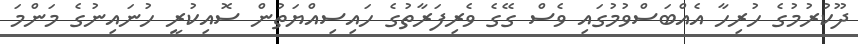
ދޫކުރުމުގެ ހުރިހާ އެއްބަސްވުމުގައި ވެސް ގޭގެ ވެރިފަރާތުގެ ހައިސިއްޔަތުން ސޮއިކުރީ ހުނައިނުގެ މަންމަ